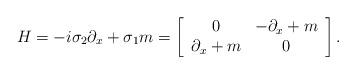
LaTeX: \begin{align*}H=-i\sigma_{2}\partial_{x}+\sigma_{1}m=\left[\begin{array}{cc}0 & -\partial_{x}+m \\\partial_{x}+m & 0\end{array}\right].\end{align*}